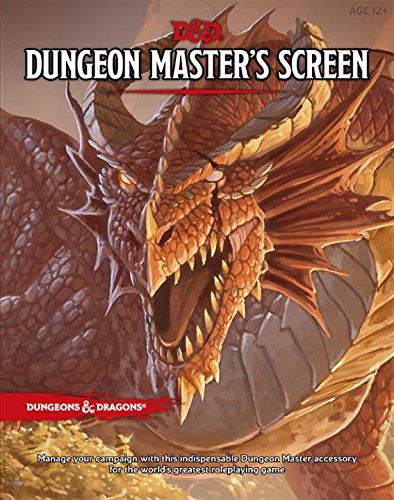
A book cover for D&D Dungeon Master's Screen (D&D Accessory); Wizards RPG Team; Science Fiction & Fantasy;